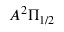
A ^ { 2 } \Pi _ { 1 / 2 }